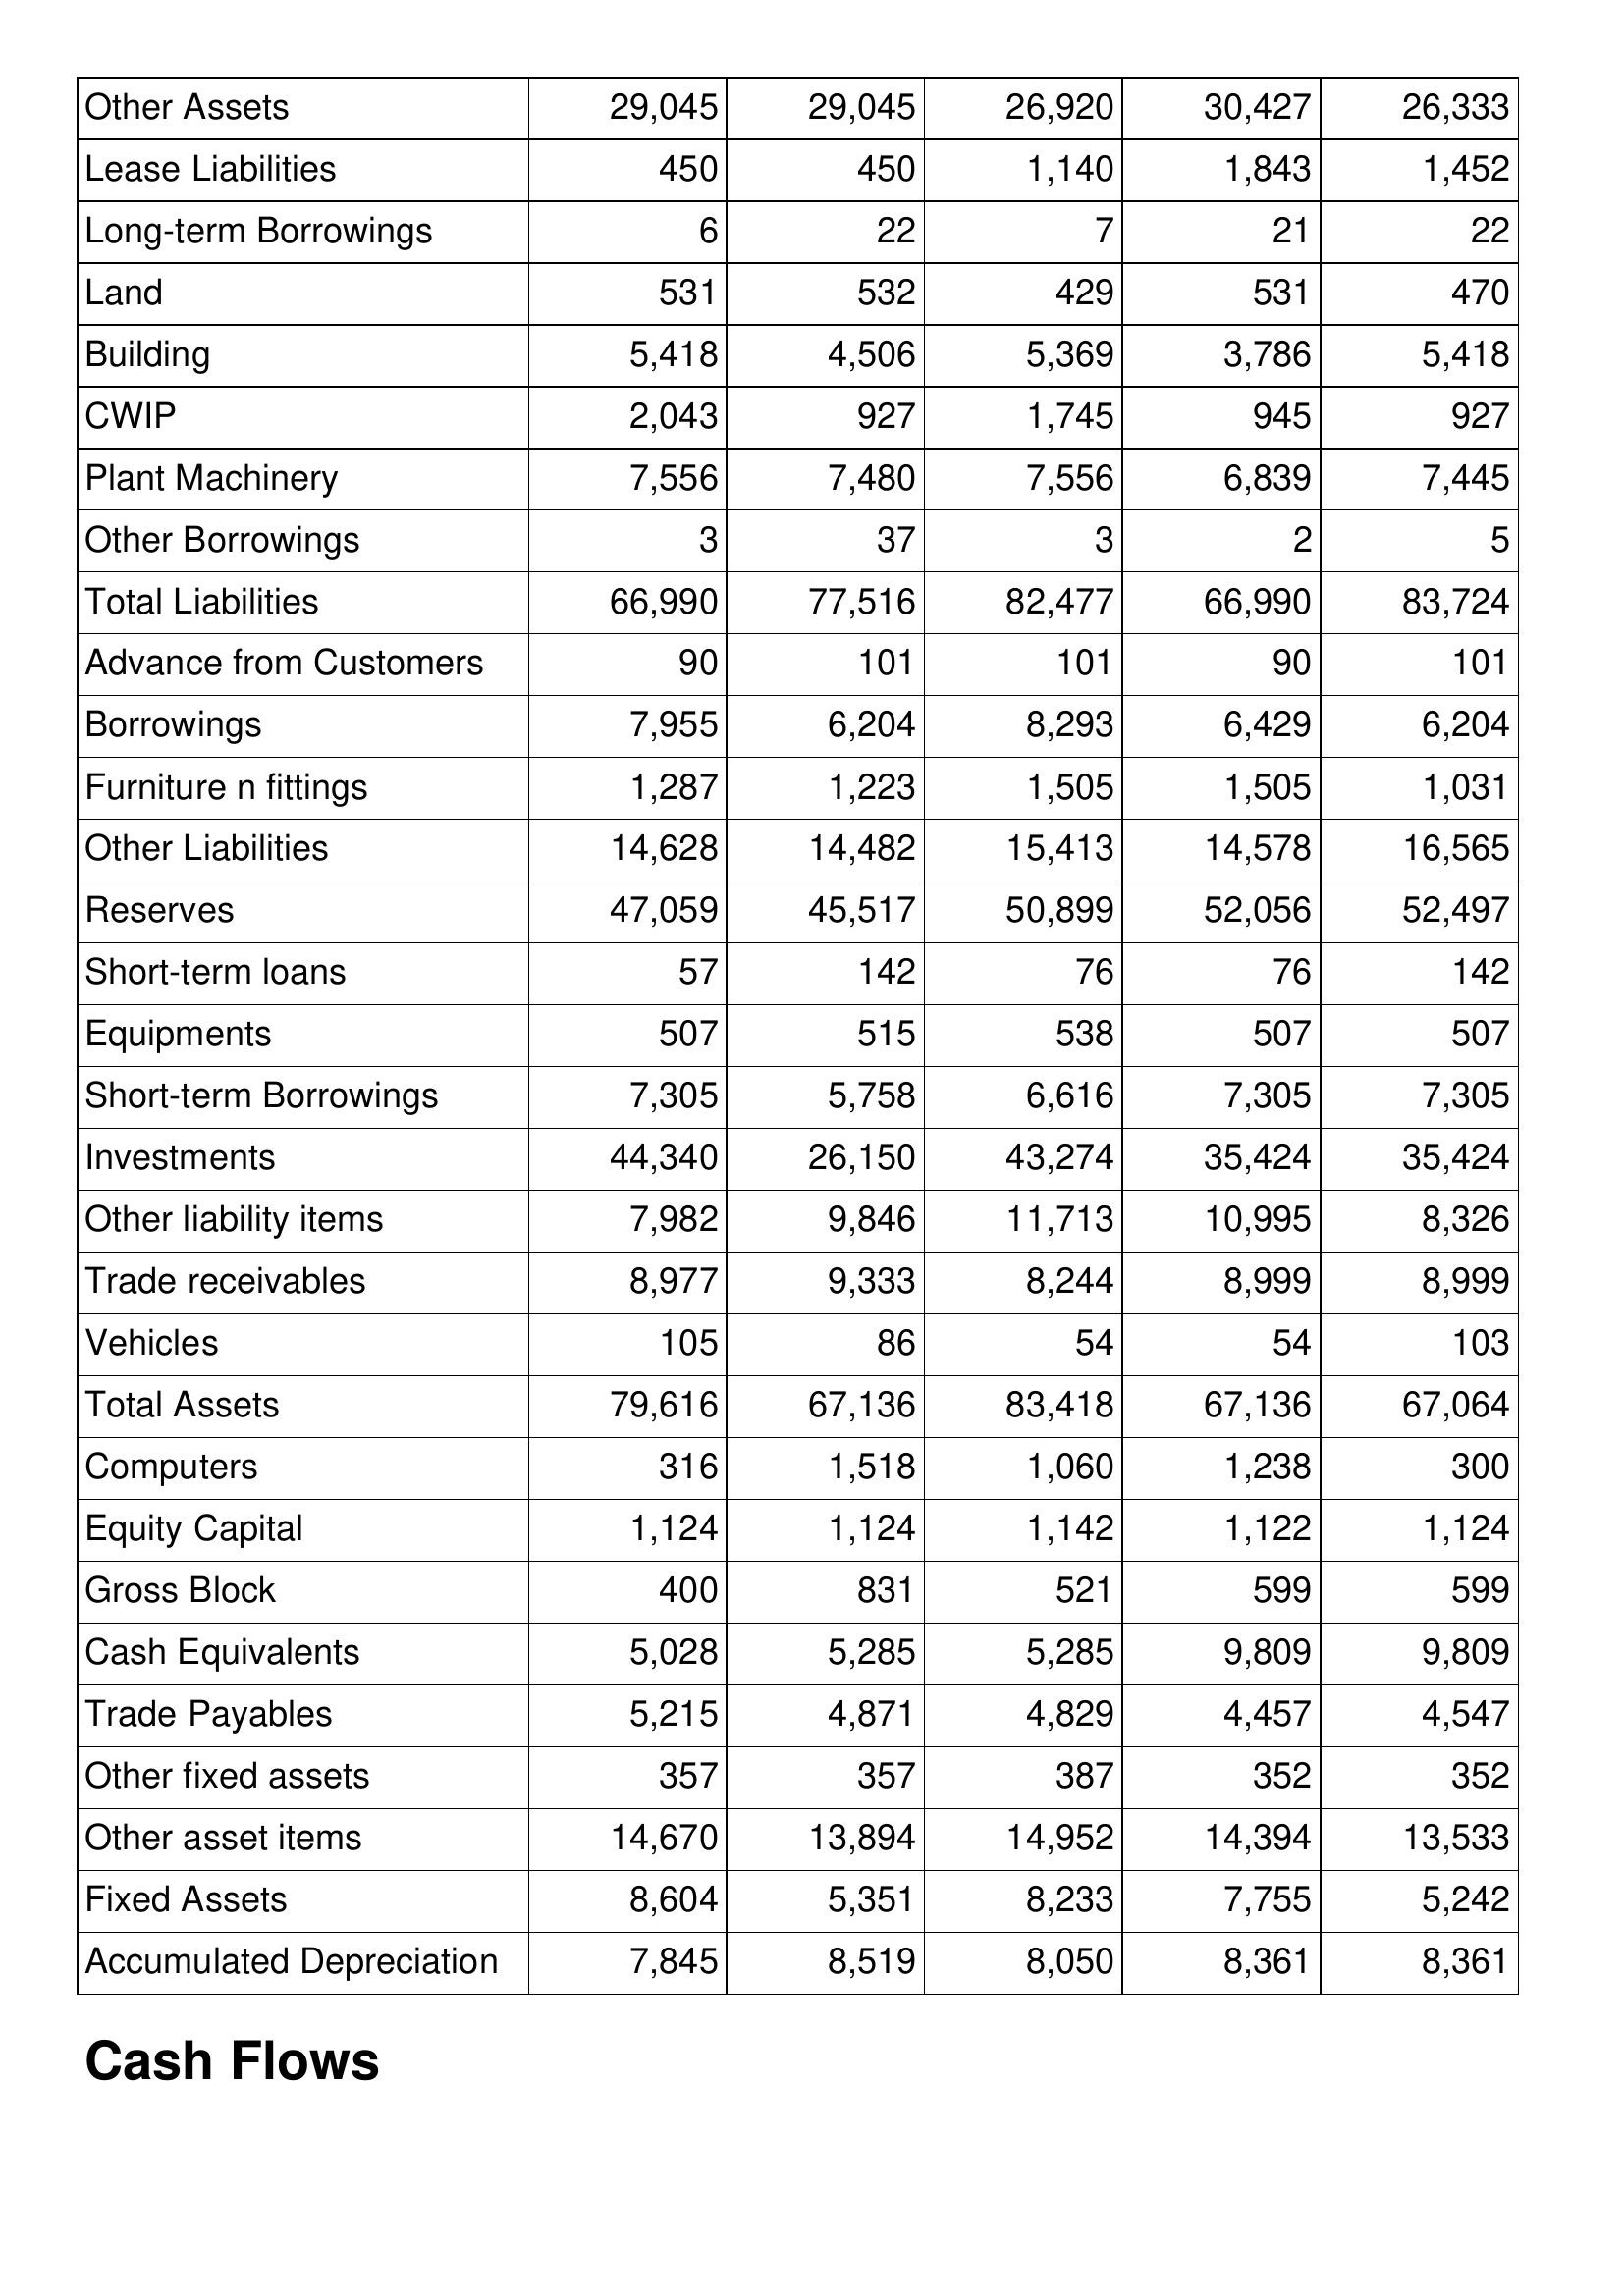
May-17: Balance Sheet: Other Assets: 29,045
Lease Liabilities: 450
Long-term Borrowings: 6
Land: 531
Building: 5,418
CWIP: 2,043
Plant Machinery: 7,556
Other Borrowings: 3
Total Liabilities: 66,990
Advance from Customers: 90
Borrowings: 7,955
Furniture n fittings: 1,287
Other Liabilities: 14,628
Reserves: 47,059
Short-term loans: 57
Equipments: 507
Short-term Borrowings: 7,305
Investments: 44,340
Other liability items: 7,982
Trade receivables: 8,977
Vehicles: 105
Total Assets: 79,616
Computers: 316
Equity Capital: 1,124
Gross Block: 400
Cash Equivalents: 5,028
Trade Payables: 5,215
Other fixed assets: 357
Other asset items: 14,670
Fixed Assets: 8,604
Accumulated Depreciation: 7,845
May-16: Balance Sheet: Other Assets: 29,045
Lease Liabilities: 450
Long-term Borrowings: 22
Land: 532
Building: 4,506
CWIP: 927
Plant Machinery: 7,480
Other Borrowings: 37
Total Liabilities: 77,516
Advance from Customers: 101
Borrowings: 6,204
Furniture n fittings: 1,223
Other Liabilities: 14,482
Reserves: 45,517
Short-term loans: 142
Equipments: 515
Short-term Borrowings: 5,758
Investments: 26,150
Other liability items: 9,846
Trade receivables: 9,333
Vehicles: 86
Total Assets: 67,136
Computers: 1,518
Equity Capital: 1,124
Gross Block: 831
Cash Equivalents: 5,285
Trade Payables: 4,871
Other fixed assets: 357
Other asset items: 13,894
Fixed Assets: 5,351
Accumulated Depreciation: 8,519
May-15: Balance Sheet: Other Assets: 26,920
Lease Liabilities: 1,140
Long-term Borrowings: 7
Land: 429
Building: 5,369
CWIP: 1,745
Plant Machinery: 7,556
Other Borrowings: 3
Total Liabilities: 82,477
Advance from Customers: 101
Borrowings: 8,293
Furniture n fittings: 1,505
Other Liabilities: 15,413
Reserves: 50,899
Short-term loans: 76
Equipments: 538
Short-term Borrowings: 6,616
Investments: 43,274
Other liability items: 11,713
Trade receivables: 8,244
Vehicles: 54
Total Assets: 83,418
Computers: 1,060
Equity Capital: 1,142
Gross Block: 521
Cash Equivalents: 5,285
Trade Payables: 4,829
Other fixed assets: 387
Other asset items: 14,952
Fixed Assets: 8,233
Accumulated Depreciation: 8,050
May-14: Balance Sheet: Other Assets: 30,427
Lease Liabilities: 1,843
Long-term Borrowings: 21
Land: 531
Building: 3,786
CWIP: 945
Plant Machinery: 6,839
Other Borrowings: 2
Total Liabilities: 66,990
Advance from Customers: 90
Borrowings: 6,429
Furniture n fittings: 1,505
Other Liabilities: 14,578
Reserves: 52,056
Short-term loans: 76
Equipments: 507
Short-term Borrowings: 7,305
Investments: 35,424
Other liability items: 10,995
Trade receivables: 8,999
Vehicles: 54
Total Assets: 67,136
Computers: 1,238
Equity Capital: 1,122
Gross Block: 599
Cash Equivalents: 9,809
Trade Payables: 4,457
Other fixed assets: 352
Other asset items: 14,394
Fixed Assets: 7,755
Accumulated Depreciation: 8,361
May-13: Balance Sheet: Other Assets: 26,333
Lease Liabilities: 1,452
Long-term Borrowings: 22
Land: 470
Building: 5,418
CWIP: 927
Plant Machinery: 7,445
Other Borrowings: 5
Total Liabilities: 83,724
Advance from Customers: 101
Borrowings: 6,204
Furniture n fittings: 1,031
Other Liabilities: 16,565
Reserves: 52,497
Short-term loans: 142
Equipments: 507
Short-term Borrowings: 7,305
Investments: 35,424
Other liability items: 8,326
Trade receivables: 8,999
Vehicles: 103
Total Assets: 67,064
Computers: 300
Equity Capital: 1,124
Gross Block: 599
Cash Equivalents: 9,809
Trade Payables: 4,547
Other fixed assets: 352
Other asset items: 13,533
Fixed Assets: 5,242
Accumulated Depreciation: 8,361